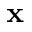
\mathbf { x }